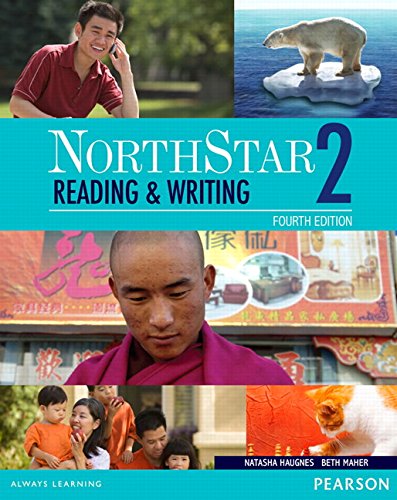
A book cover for NorthStar Reading and Writing 2 with MyEnglishLab (4th Edition); Natasha Haugnes; Reference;